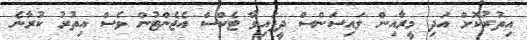
އިތުރުކޮށް އަދި މީރާއިން ލައިސަންސް ދީފައިވާ ޓެކްސް އެޖެންޓުން ވެސް އިތުރު ކުރާނެ